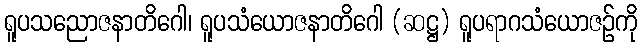
ရူပသညောဇနာတိဂေါ၊ ရူပသံယောဇနာတိဂေါ (ဆဋ္ဌ) ရူပရာဂသံယောဇဉ်ကို